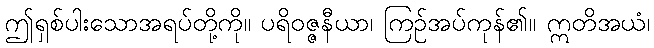
ဤရှစ်ပါးသောအရပ်တို့ကို။ ပရိဝဇ္ဇနီယာ၊ ကြဉ်အပ်ကုန်၏။ ဣတိအယံ၊